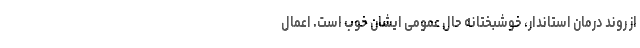
از روند درمان استاندار، خوشبختانه حال عمومی ایشان خوب است. اعمال